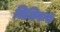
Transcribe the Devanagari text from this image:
जिजिफस